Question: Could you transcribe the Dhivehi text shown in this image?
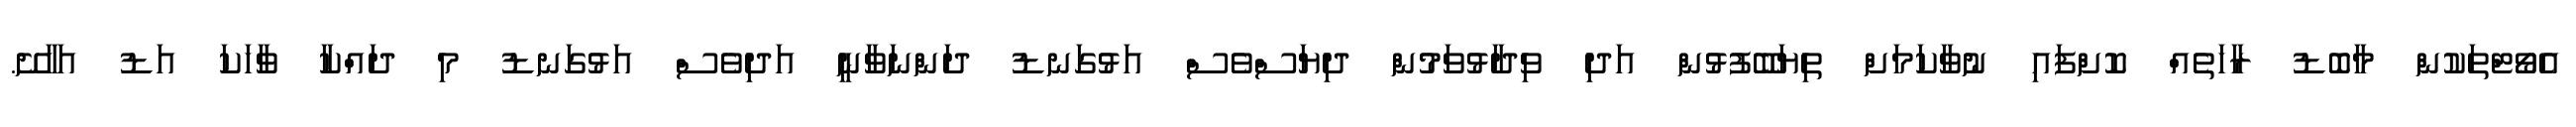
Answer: އެވޯޓްތަކުން މާބޮޑު ރާހަތެއް ކޮށްފައި ނުވާކަމަށް ތިޔަބޭފުޅުން އަދި ވިދާޅުވަމުން ދިޔަސްވެސް އަޅުގަނޑު ދަންނަވާނީ އަދިވެސް އަޅުގަނޑު މި ދައްކާ ވާހަކަ އަޑު އަހާށޭ.